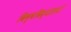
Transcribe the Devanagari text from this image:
विष्वविद्यालयों